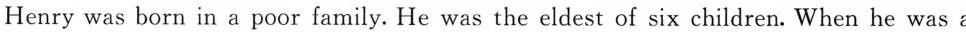
Henry was born in a poor family. He was the eldest of six children. When he was a